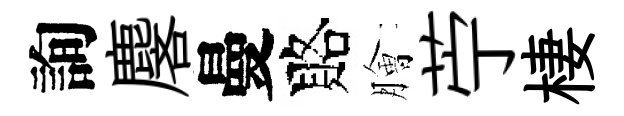
詢麐曼賂膾苧棲